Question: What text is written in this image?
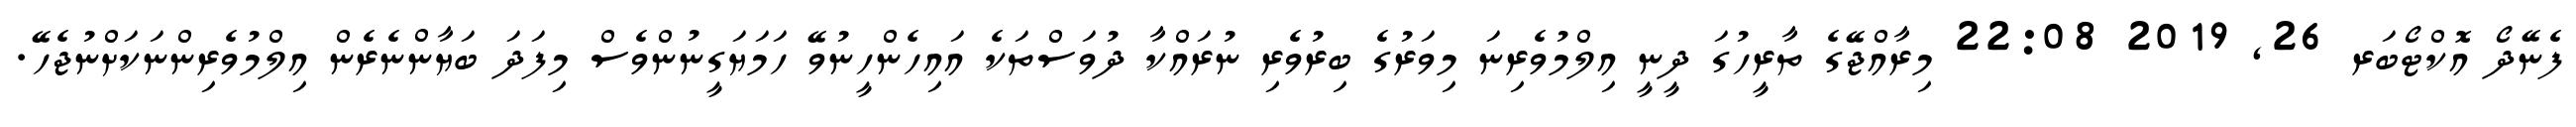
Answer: ފެނޭދޯ އޮކްޓޯބަރ 26, 2019 22:08 މިރާއްޖޭގެ ތާރީހުގަ ދީނީ އިލްމުވެރިނަ މިވަރުގެ ބިރުވެރި ނުރައްކާ ދުވަސްތަކެ އައިހެންހީނުވޭ ހަމަޔަގީނުންވެސް މިފަދަ ބަޔާންނެރެން އިލްމުވެރިންނަކަށްނުޖެހޭ.